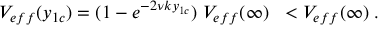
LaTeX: V _ { e f f } ( y _ { 1 c } ) = ( 1 - e ^ { - 2 \nu k y _ { 1 c } } ) \; V _ { e f f } ( \infty ) \; \; < V _ { e f f } ( \infty ) \; .